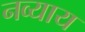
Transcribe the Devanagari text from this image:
नव्याय